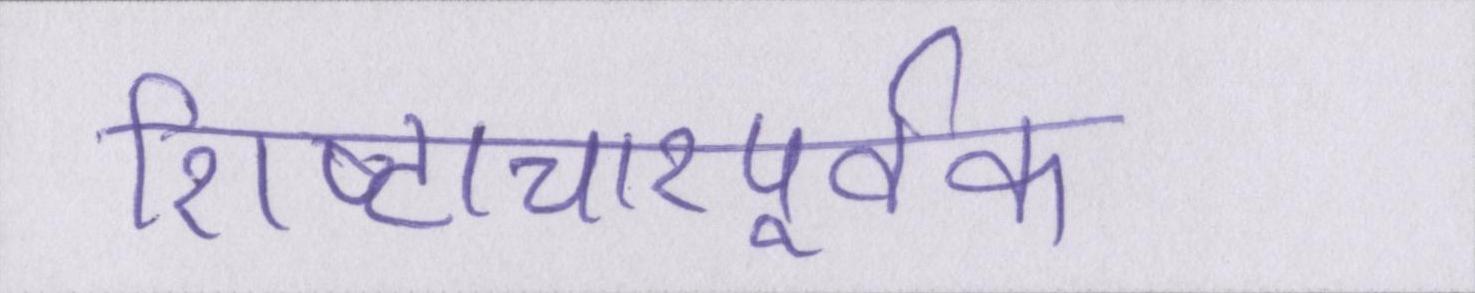
शिष्टाचारपूर्वक।